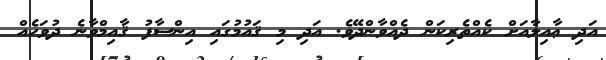
އަދި ޢާއިލާއަށް ކެއްތެރިކަން ދެއްވާންދޭވެ. އަދި މި ޤައުމުގައި އިންސާފު ޤާއިމްވާނެ ދުވަހެއް